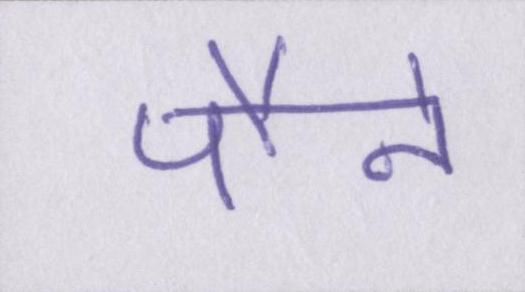
पौने